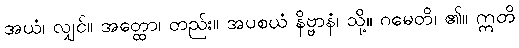
အယံ၊ လျှင်။ အတ္ထော၊ တည်း။ အပစယံ နိဗ္ဗာနံ၊ သို့။ ဂမေတိ၊ ၏။ ဣတိ